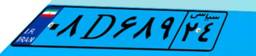
۳۷D۸۲۰۱۱